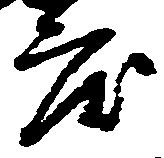
度